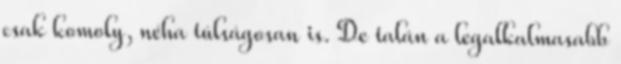
csak komoly, néha túlságosan is. De talán a legalkalmasabb